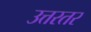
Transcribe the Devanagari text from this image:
उत्तरतर